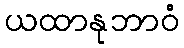
ယထာနုဘာဝံ